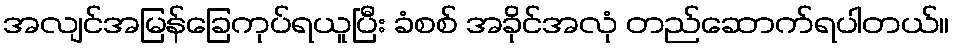
အလျင်အမြန်ခြေကုပ်ရယူပြီး ခံစစ် အခိုင်အလုံ တည်ဆောက်ရပါတယ်။